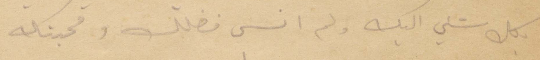
بكل شيء اليك ولم انسى فضلك ومحبتك